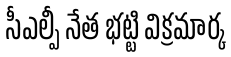
సీఎల్పీ నేత భట్టి విక్రమార్క